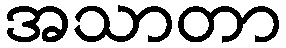
အသာတာ